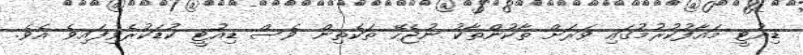
ޑިއުޓީ މައާފުކުރުމުގައި ވަރަށް ތާކުންތާކު ނުޖެހޭ ތަކެތިން ވެސް ޑިއުޓީ ކުޑަކުރެވިފައިވެ އެވެ.